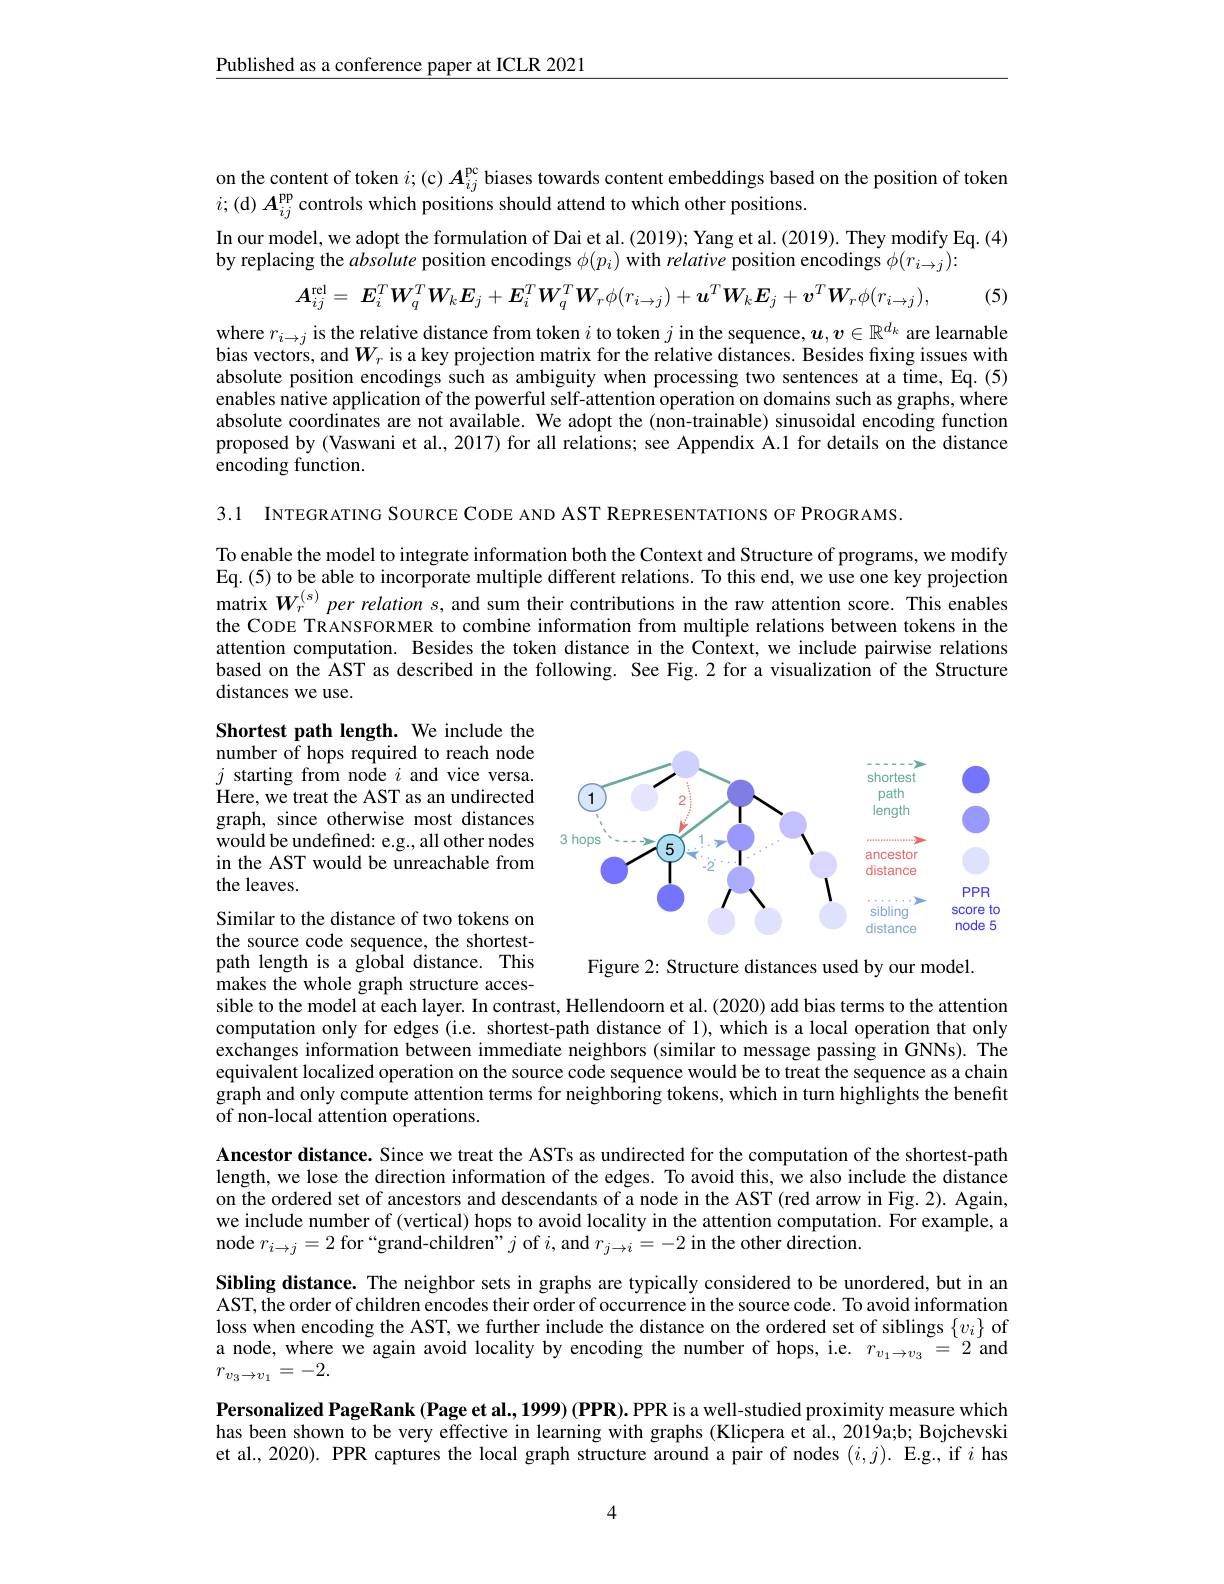
Published as a conference paper at ICLR 2021

on the content of token $i;($c) $A_ij^\mathrm{pc}$ biases towards content embeddings based on the position of token
$i;($d) $A_ij^\mathrm{pp}$ controls which positions should attend to which other positions.

In our model, we adopt the formulation of Dai et al. (2019); Yang et al. (2019). They modify Eq. (4)
by replacing the absolute position encodings $\phi(p_i)$ with relative position encodings $\phi(r_i\to j):$

(5)
$$\boldsymbol{A}_{ij}^{\mathrm{rel}}=\:\boldsymbol{E}_{i}^{T}\boldsymbol{W}_{q}^{T}\boldsymbol{W}_{k}\boldsymbol{E}_{j}+\boldsymbol{E}_{i}^{T}\boldsymbol{W}_{q}^{T}\boldsymbol{W}_{r}\phi(r_{i\rightarrow j})+\boldsymbol{u}^{T}\boldsymbol{W}_{k}\boldsymbol{E}_{j}+\boldsymbol{v}^{T}\boldsymbol{W}_{r}\phi(r_{i\rightarrow j})$$
where $r_i\to j$ is the relative distance from token $i$ to token $j$ in the sequence, $\boldsymbol{u},\boldsymbol{v}\in\mathbb{R}^d_k$ are learnable bias vectors, and $W_r$ is a key projection matrix for the relative distances. Besides fixing issues with absolute position encodings such as ambiguity when processing two sentences at a time, Eq. (5) enables native application of the powerful self-attention operation on domains such as graphs, where absolute coordinates are not available. We adopt the (non-trainable) sinusoidal encoding function proposed by (Vaswani et al., 2017) for all relations; see Appendix A.1 for details on the distance encoding function.

3.1 INTEGRATING SOURCE CODE AND AST REPRESENTATIONS OF PROGRAMS.

To enable the model to integrate information both the Context and Structure of programs, we modify Eq.(5) to be able to incorporate multiple different relations. To this end, we use one key projection matrix $W_r^{(s)}$ per relation s, and sum their contributions in the raw attention score. This enables the CODE TRANSFORMER to combine information from multiple relations between tokens in the attention computation. Besides the token distance in the Context, we include pairwise relations based on the AST as described in the following. See Fig.2 for a visualization of the Structure distances we use.

Shortest path length. We include the number of hops required to reach node $j$ starting from node $i$ and vice versa. Here, we treat the AST as an undirected graph, since otherwise most distances would be undefined: e.g., all other nodes in the AST would be unreachable from the leaves.

<FigureHere>

Similar to the distance of two tokens on the source code sequence, the shortestpath length is a global distance. This makes the whole graph structure acces-

Figure 2: Structure distances used by our model.

sible to the model at each layer. In contrast, Hellendoorn et al. (2020) add bias terms to the attention computation only for edges (i.e. shortest-path distance of 1), which is a local operation that only exchanges information between immediate neighbors (similar to message passing in GNNs). The equivalent localized operation on the source code sequence would be to treat the sequence as a chain graph and only compute attention terms for neighboring tokens, which in turn highlights the benefit of non- local attention operations.

Ancestor distance. Since we treat the ASTs as undirected for the computation of the shortest-path length, we lose the direction information of the edges. To avoid this, we also include the distance on the ordered set of ancestors and descendants of a node in the AST (red arrow in Fig. 2). Again, we include number of (vertical) hops to avoid locality in the attention computation. For example, a node $r_{i\to j}=2$ for “grand-children”$j$ of $i$,and $r_j\to i=-2$ in the other direction.

Sibling distance. The neighbor sets in graphs are typically considered to be unordered, but in an AST, the order of children encodes their order of occurrence in the source code. To avoid information loss when encoding the AST, we further include the distance on the ordered set of siblings $\{v_i\}$ of a node, where we again avoid locality by encoding the number of hops, i.e. $r_{v_1\to v_3}=2$ and $r_{v_3\to v_1}=-2.$

Personalized PageRank (Page et al., 1999) (PPR). PPR is a well-studied proximity measure which has been shown to be very effective in learning with graphs (Klicpera et al., 2019a;b; Bojchevski et al., 2020). PPR captures the local graph structure around a pair of nodes $(i,j).$ E.g., if $i$ has

4